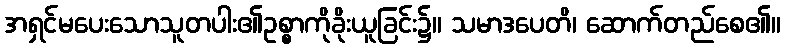
အရှင်မပေးသောသူတပါး၏ဥစ္စာကိုခိုးယူခြင်း၌။ သမာဒပေတိ၊ ဆောက်တည်စေ၏။